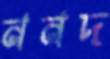
ননদ